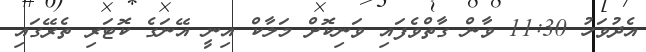
އެދުވަހު 11:30 ވާން ގާތްވެފައި ވަނިކޮށް މަލާކް އިނީ އޭނަގެ ކޮޓަރި ތެރޭގައި